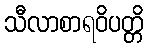
သီလာစာရဝိပတ္တိ